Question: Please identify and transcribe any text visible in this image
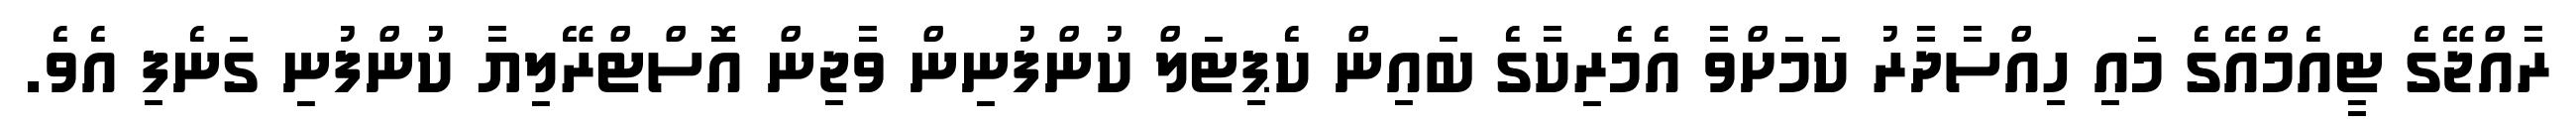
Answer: ރާއްޖޭގެ ޓީއެމްއޭގެ މައި ހިއްސާދާރު ކަމަށްވާ އެމެރިކާގެ ބައިން ކެޕިޓަލް ކުންފުނިން ވާޖިން އޮސްޓްރޭލިޔާ ކުންފުނި ގަނެފި އެވެ.